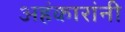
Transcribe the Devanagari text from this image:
अहंकारांनी